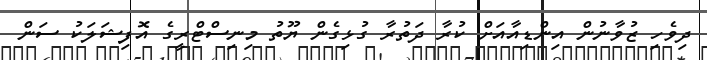
ދިވެހި ޒުވާނުން އިންޑިއާއަށް ކުރާ ދަތުރާ ގުޅިގެން ޔޫތު މިނިސްޓްރީގެ އޮފިޝަލަކު ސަން